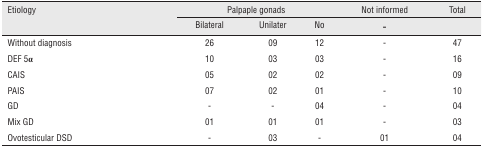
<table><thead><tr><td><b>Etiology</b></td><td colspan="2"><b>Palpaple gonads</b></td><td></td><td><b>Not informed</b></td><td><b>Total</b></td></tr><tr><td></td><td><b>Bilateral</b></td><td><b>Unilater</b></td><td><b>No</b></td><td><b>-</b></td><td></td></tr></thead><tbody><tr><td>Without diagnosis</td><td>26</td><td>09</td><td>12</td><td>-</td><td>47</td></tr><tr><td>DEF 5α</td><td>10</td><td>03</td><td>03</td><td>-</td><td>16</td></tr><tr><td>CAIS</td><td>05</td><td>02</td><td>02</td><td>-</td><td>09</td></tr><tr><td>PAIS</td><td>07</td><td>02</td><td>01</td><td>-</td><td>10</td></tr><tr><td>GD</td><td>-</td><td>-</td><td>04</td><td>-</td><td>04</td></tr><tr><td>Mix GD</td><td>01</td><td>01</td><td>01</td><td>-</td><td>03</td></tr><tr><td>Ovotesticular DSD</td><td>-</td><td>03</td><td>-</td><td>01</td><td>04</td></tr></tbody></table>